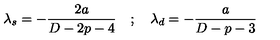
\lambda _ { s } = - \frac { 2 a } { D - 2 p - 4 } \quad ; \quad \lambda _ { d } = - \frac { a } { D - p - 3 }